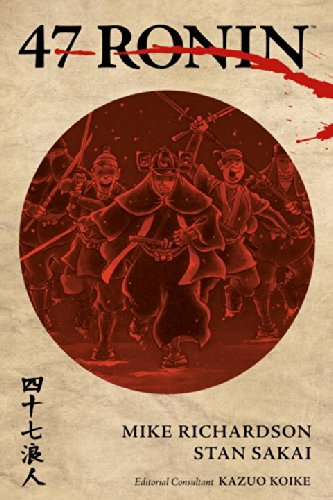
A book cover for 47 Ronin; Mike Richardson; Comics & Graphic Novels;